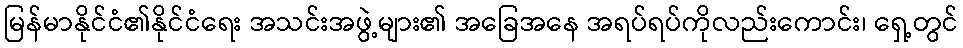
မြန်မာနိုင်ငံ၏နိုင်ငံရေး အသင်းအဖွဲ့များ၏ အခြေအနေ အရပ်ရပ်ကိုလည်းကောင်း၊ ရှေ့တွင်